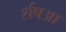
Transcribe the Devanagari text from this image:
र्शषआ